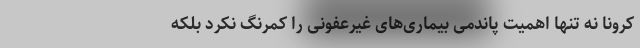
کرونا نه تنها اهمیت پاندمی بیماری‌های غیرعفونی را کمرنگ نکرد بلکه